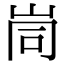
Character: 峝